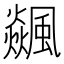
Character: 飊